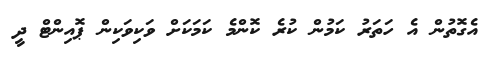
އެގޮތުން އެ ހަތަރު ކަމުން ކުރެ ކޮންމެ ކަމަކަށް ވަކިވަކިން ޕޮއިންޓް ދީ